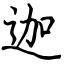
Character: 迦